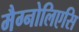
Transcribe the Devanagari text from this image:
मैग्नोलिएसि